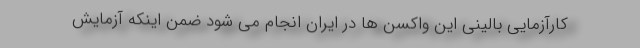
کارآزمایی بالینی این واکسن ها در ایران انجام می شود ضمن اینکه آزمایش